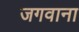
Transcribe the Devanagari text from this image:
जगवाना